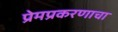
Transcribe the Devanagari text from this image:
प्रेमप्रकरणाचा